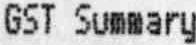
GST SUMMARY